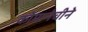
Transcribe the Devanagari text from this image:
कोमानेचीने